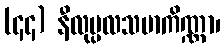
(၄၄) နီလုပ္ပလသမာကိဏ္ဏာ၊